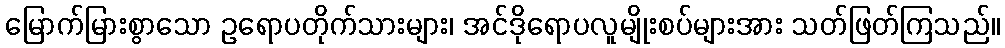
မြောက်မြားစွာသော ဥရောပတိုက်သားများ၊ အင်ဒိုရောပလူမျိုးစပ်များအား သတ်ဖြတ်ကြသည်။